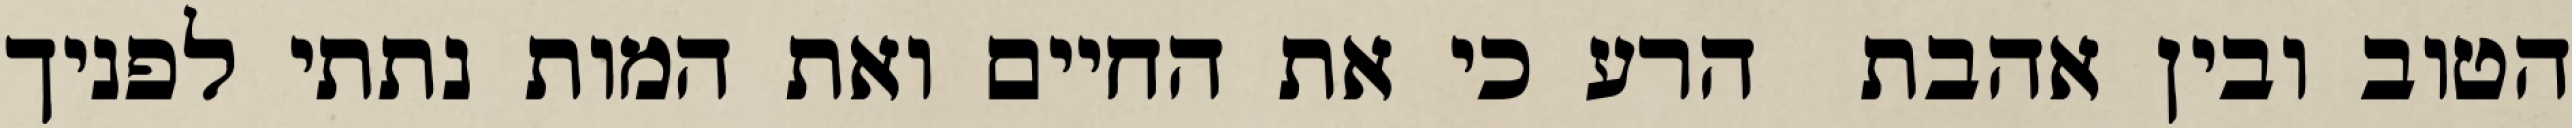
הטוב ובין אהבת  הרע כי את החיים ואת המות נתתי לפניך